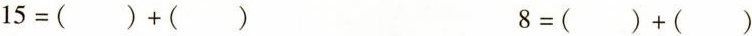
15=( )+( ) 8=( )+( )